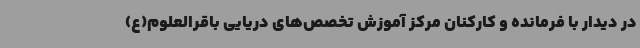
در دیدار با فرمانده و کارکنان مرکز آموزش تخصص‌های دریایی باقرالعلوم(ع)